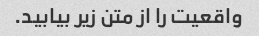
واقعیت را از متن زیر بیابید.